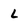
Character: L